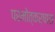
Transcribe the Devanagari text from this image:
परमोत्कर्षास